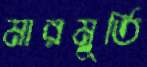
মারমূর্তি